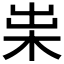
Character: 𣐯